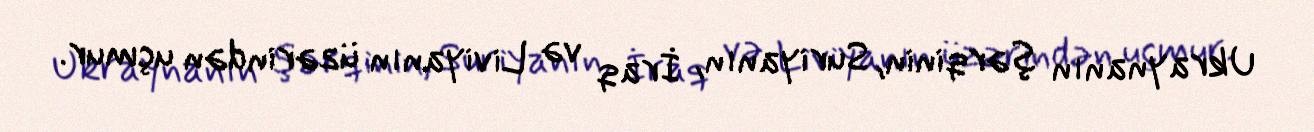
Ukraynanın şərqinin, Suriyanın, İraq və Liviyanın üzərindən uçmur.